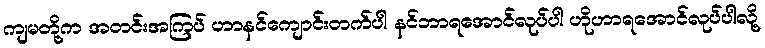
ကျမတို့က အတင်းအကြပ် ဟာနင်ကျောင်းတက်ပါ နင်ဘာရအောင်လုပ်ပါ ဟိုဟာရအောင်လုပ်ပါလို့